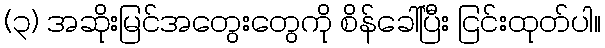
(၃) အဆိုးမြင်အတွေးတွေကို စိန်ခေါ်ပြီး ငြင်းထုတ်ပါ။